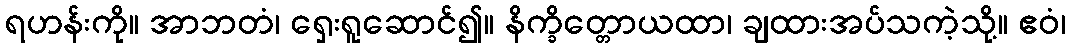
ရဟန်းကို။ အာဘတံ၊ ရှေးရူဆောင်၍။ နိက္ခိတ္တောယထာ၊ ချထားအပ်သကဲ့သို့။ ဧဝံ၊